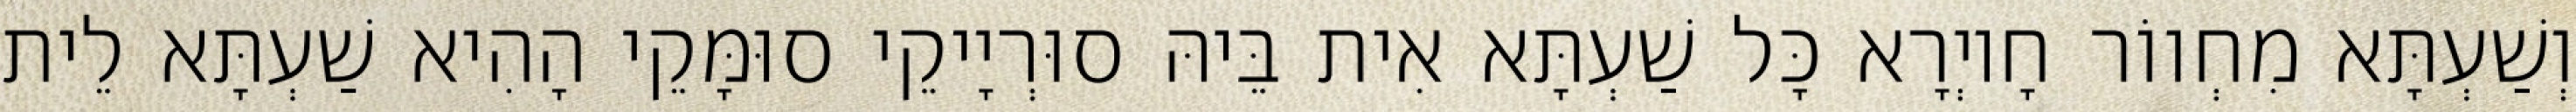
וְשַׁעְתָּא מִחְווֹר חָיוְרָא כָּל שַׁעְתָּא אִית בֵּיהּ סוּרְיָיקֵי סוּמָּקֵי הָהִיא שַׁעְתָּא לֵית